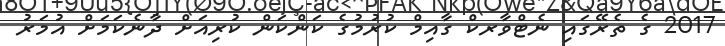
2017 ގެ ތެރޭގައި ނެޓްވާރކް ގާއިމް ކުރުމުގެ ކަންކަން ކުރިއަށް ދާނެކަމަށް އުމަރު